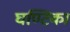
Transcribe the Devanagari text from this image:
घण्टिका